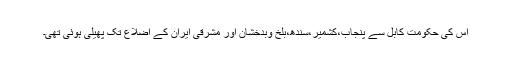
اس کی حکومت کابل سے پنجاب،کشمیر،سندھ،بلخ وبدخشان اور مشرقی ایران کے اضلاع تک پھیلی ہوئی تھی۔